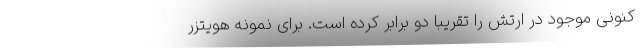
کنونی موجود در ارتش را تقریبا دو برابر کرده است. برای نمونه هویتزر